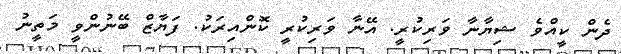
ދެން ކީއްވެ ޝިޔާނާ ވަރިކުރީ. އޭނާ ވަރިކުރީ ކޮންއިރަކު. ފަޔާޒް ބޭނުންވީ މަތީނު